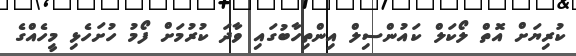
ކުރިޔަށް އޮތް ލޯކަލް ކައުންސިލް އިންތިހާބުގައި ވާދަ ކުރުމަށް ފޯމު ހުށަހެޅި މީހެއްގެ